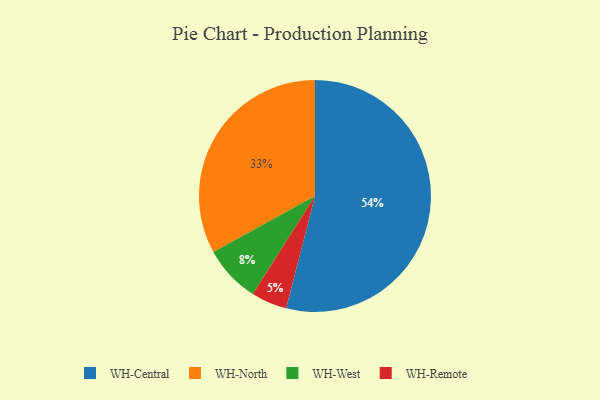
{"axis": {"x": "Category", "y": "Percentage"}, "legend": ["WH-Central", "WH-North", "WH-Remote", "WH-West"], "data": [{"x": "WH-West", "y": 8, "type": "WH-West"}, {"x": "WH-North", "y": 33, "type": "WH-North"}, {"x": "WH-Remote", "y": 5, "type": "WH-Remote"}, {"x": "WH-Central", "y": 54, "type": "WH-Central"}]}